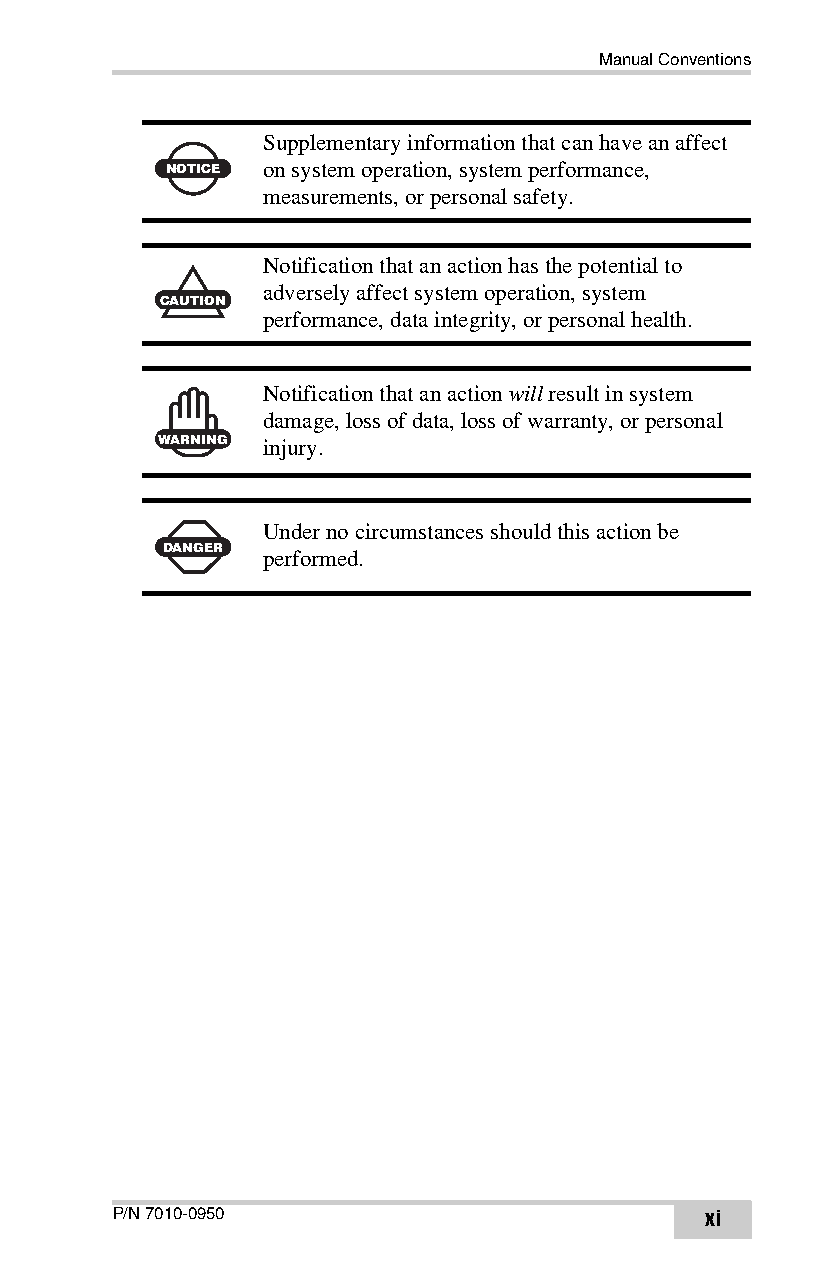
Manual Conventions
 Supplementary information that can have an affect
 NOTICE on system operation, system performance,
 measurements, or personal safety.
 Notification that an action has the potential to
 adversely affect system operation, system
 CAUTION
 performance, data integrity, or personal health.
 Notification that an action will result in system
 damage, loss of data, loss of warranty, or personal
 WARNING injury.
 Under no circumstances should this action be
 DANGER
 performed.
 P/N 7010-0950                           xi